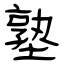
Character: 塾